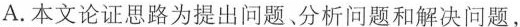
A.本文论证思路为提出问题、分析问题和解决问题，